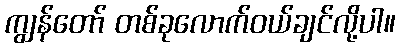
ကျွန်တော် တစ်ခုလောက်ဝယ်ချင်လို့ပါ။